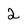
Character: 2